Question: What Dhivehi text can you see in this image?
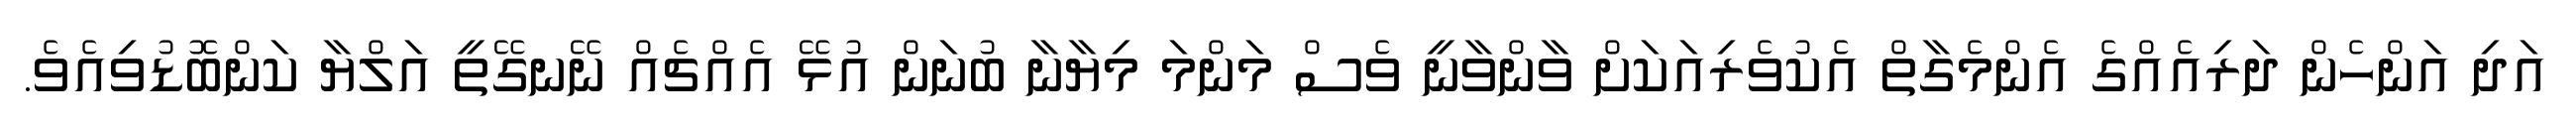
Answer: އަދި އަންހެން ދަރިއެއްގެ އެންމެގާތް އެކުވެރިއަކަށް ވާންވާނީ ވެސް މަންމަ މިޔާނާ ބުނަން އުޅޭ އެއްޗެއް ނޭނގޭތީ އަލްޔާ ކަންބޮޑުވިއެވެ.